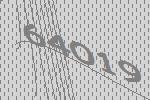
64019